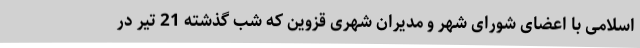
اسلامی با اعضای شورای شهر و مدیران شهری قزوین که شب گذشته 21 تیر در